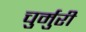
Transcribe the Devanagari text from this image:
चुर्मुरी